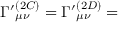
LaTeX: \Gamma ^ { \prime } { } _ { \mu \nu } ^ { ( 2 C ) } = \Gamma ^ { \prime } { } _ { \mu \nu } ^ { ( 2 D ) } =